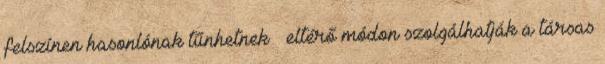
felszínen hasonlónak tűnhetnek – eltérő módon szolgálhatják a társas